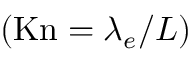
\left( \mathrm { { K n } } = { \lambda _ { e } } / L \right)